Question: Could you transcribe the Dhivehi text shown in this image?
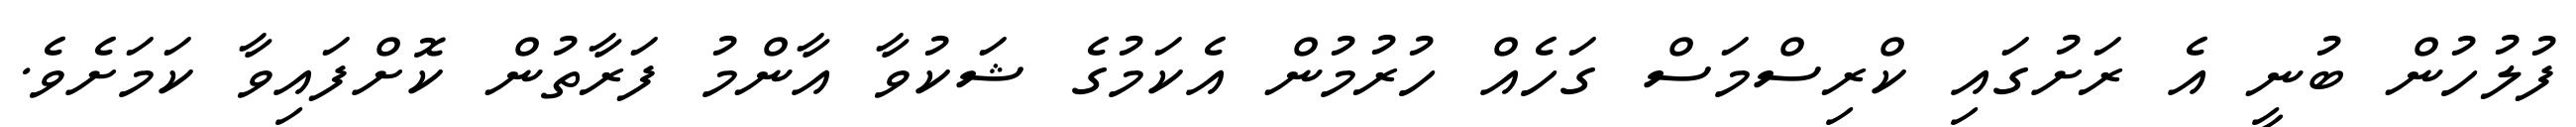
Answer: ފުލުހުން ބުނީ އެ ރަށުގައި ކްރިސްމަސް ގަހެއް ހުރުމުން އެކަމުގެ ޝަކުވާ އާންމު ފަރާތުން ކޮށްފައިވާ ކަމަށެވެ.